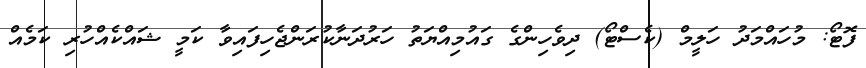
ފޮޓޯ: މުހައްމަދު ހަލީމް (ކެސްޓޯ) ދިވެހިންގެ ގައުމިއްޔަތު ހަރުދަނާކުރަންޖެހިފައިވާ ކަމީ ޝައްކެއްހުރި ކަމެއް